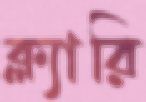
ক্ল্যারি